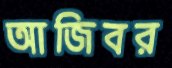
আজিবর